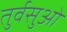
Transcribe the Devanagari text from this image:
तुर्वसुओं